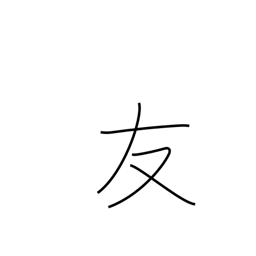
Meaning: friend